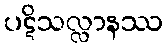
ပဋိသလ္လာနဿ